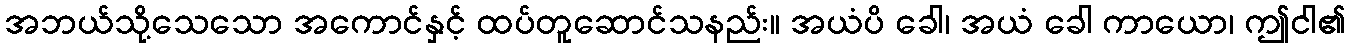
အဘယ်သို့သေသော အကောင်နှင့် ထပ်တူဆောင်သနည်း။ အယံပိ ခေါ၊ အယံ ခေါ ကာယော၊ ဤငါ၏